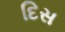
દિસ